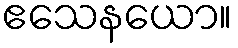
ဧသေနယော။